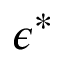
\epsilon ^ { * }